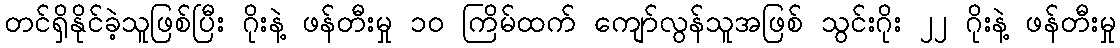
တင်ရှိနိုင်ခဲ့သူဖြစ်ပြီး ဂိုးနဲ့ ဖန်တီးမှု ၁၀ ကြိမ်ထက် ကျော်လွန်သူအဖြစ် သွင်းဂိုး ၂၂ ဂိုးနဲ့ ဖန်တီးမှု